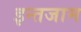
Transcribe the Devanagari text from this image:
इन्‍तजाम